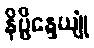
နိဗ္ဗိန္ဒေယျုံ